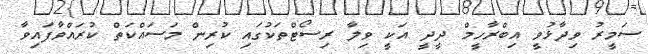
ސަމީރު ވިދާޅުވީ އިބްރާހީމް ދީދީ އަކީ ވިލާ ރިސޯޓްތަކުގައި ކުރިން މަސައްކަތް ކުރައްވާފައިވާ